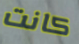
كانت